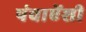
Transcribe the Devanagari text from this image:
पंचाऐंशी